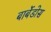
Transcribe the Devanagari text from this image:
बार्बेडोस